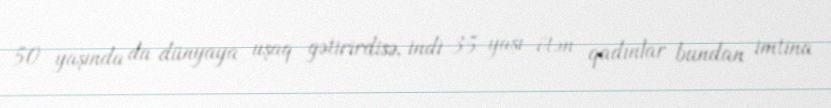
50 yaşında da dünyaya uşaq gətirirdisə, indi 35 yaşı ötən qadınlar bundan imtina